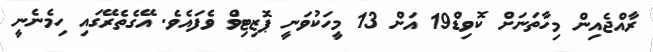
ރާއްޖެއިން މިހާތަނަށް ކޮވިޑް19 އަށް 13 މީހަކުވަނީ ޕޮޒިޓިވް ވެފައެވެ. އޭގެތެރޭގައި ހިމެނެނީ